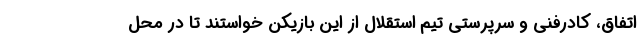
اتفاق، کادرفنی و سرپرستی تیم استقلال از این بازیکن خواستند تا در محل